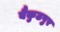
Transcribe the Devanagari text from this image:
बैकुठपुर